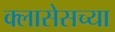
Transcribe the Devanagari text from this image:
क्लासेसच्या